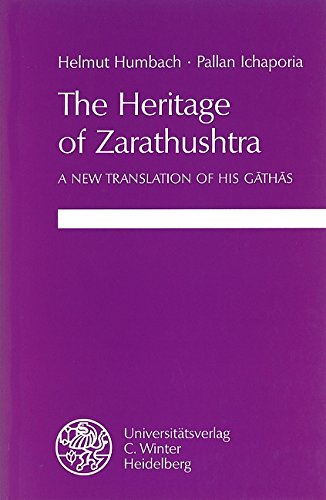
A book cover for The Heritage of Zarathushtra: A new Translation of his Gathas; Helmut Humbach; Religion & Spirituality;